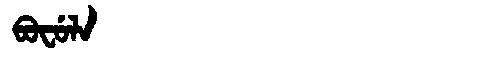
Manchu: ᠪᠣᠸᡠᠯᠠ
Romanization: BOFULA